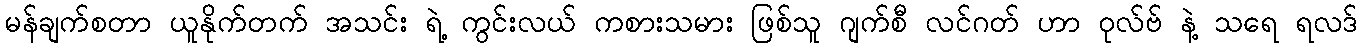
မန်ချက်စတာ ယူနိုက်တက် အသင်း ရဲ့ ကွင်းလယ် ကစားသမား ဖြစ်သူ ဂျက်စီ လင်ဂတ် ဟာ ဝုလ်ဗ် နဲ့ သရေ ရလဒ်